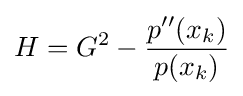
H=G^{2}-{\frac {p''(x_{k})}{p(x_{k})}}